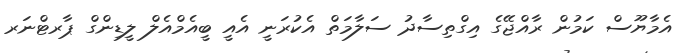
އެމާޔޫސް ކަމުން ރާއްޖޭގެ އިގްތިސާދު ސަލާމަތް އެކުރަނީ އެއީ ބީއެމްއެލް ލީޑިންގް ޕާރޓްނަރ